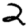
Digit: 2